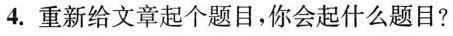
4.重新给文章起个题目，你会起什么题目?